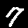
Digit: 7